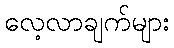
လေ့လာချက်များ